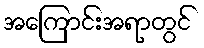
အကြောင်းအရာတွင်